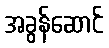
အခွန်ဆောင်